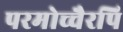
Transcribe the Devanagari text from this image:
परमोच्चैरपि